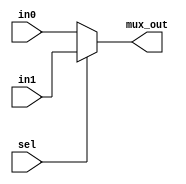
module multiplexor #(
   parameter Width = 5 // Address Parameter 
)
 ( 
     // Define Inputs
    input wire [Width-1:0] in0 , in1,
    input wire sel,
    output reg [Width-1:0] mux_out  // Define Output
);
    
always @(*) begin
    if (sel) begin
        mux_out=in1;
    end
    else begin
        mux_out=in0;
    end
end
endmodule